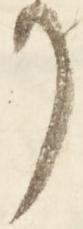
り